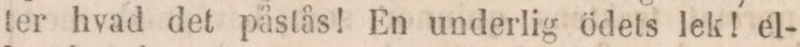
ter hvad det påstås! En underlig ödets lek! el-